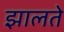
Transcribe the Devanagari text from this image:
झालते